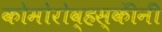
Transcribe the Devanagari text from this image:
कोमोरोव्हस्कींनी